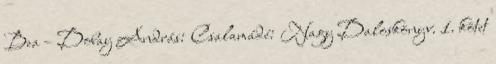
Bea – Dobay András: Csalamádé: Nagy Daloskönyv. 1. kötet